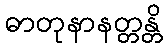
ဓာတုနာနတ္တန္တိ